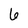
Character: 6